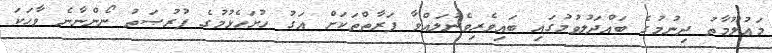
މަޢުލޫމާތު ދިނުމުގެ ބައްދަލުވުމުގައި ބައިވެރިވެނުލައްވާ ފަރާތްތަކަށް އަގު ހުށަހެޅުމުގެ ފުރުޞަތު ނޯންނާނެ ވާހަކަ